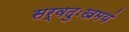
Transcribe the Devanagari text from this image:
सर्वदुःखमयं